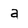
Character: a